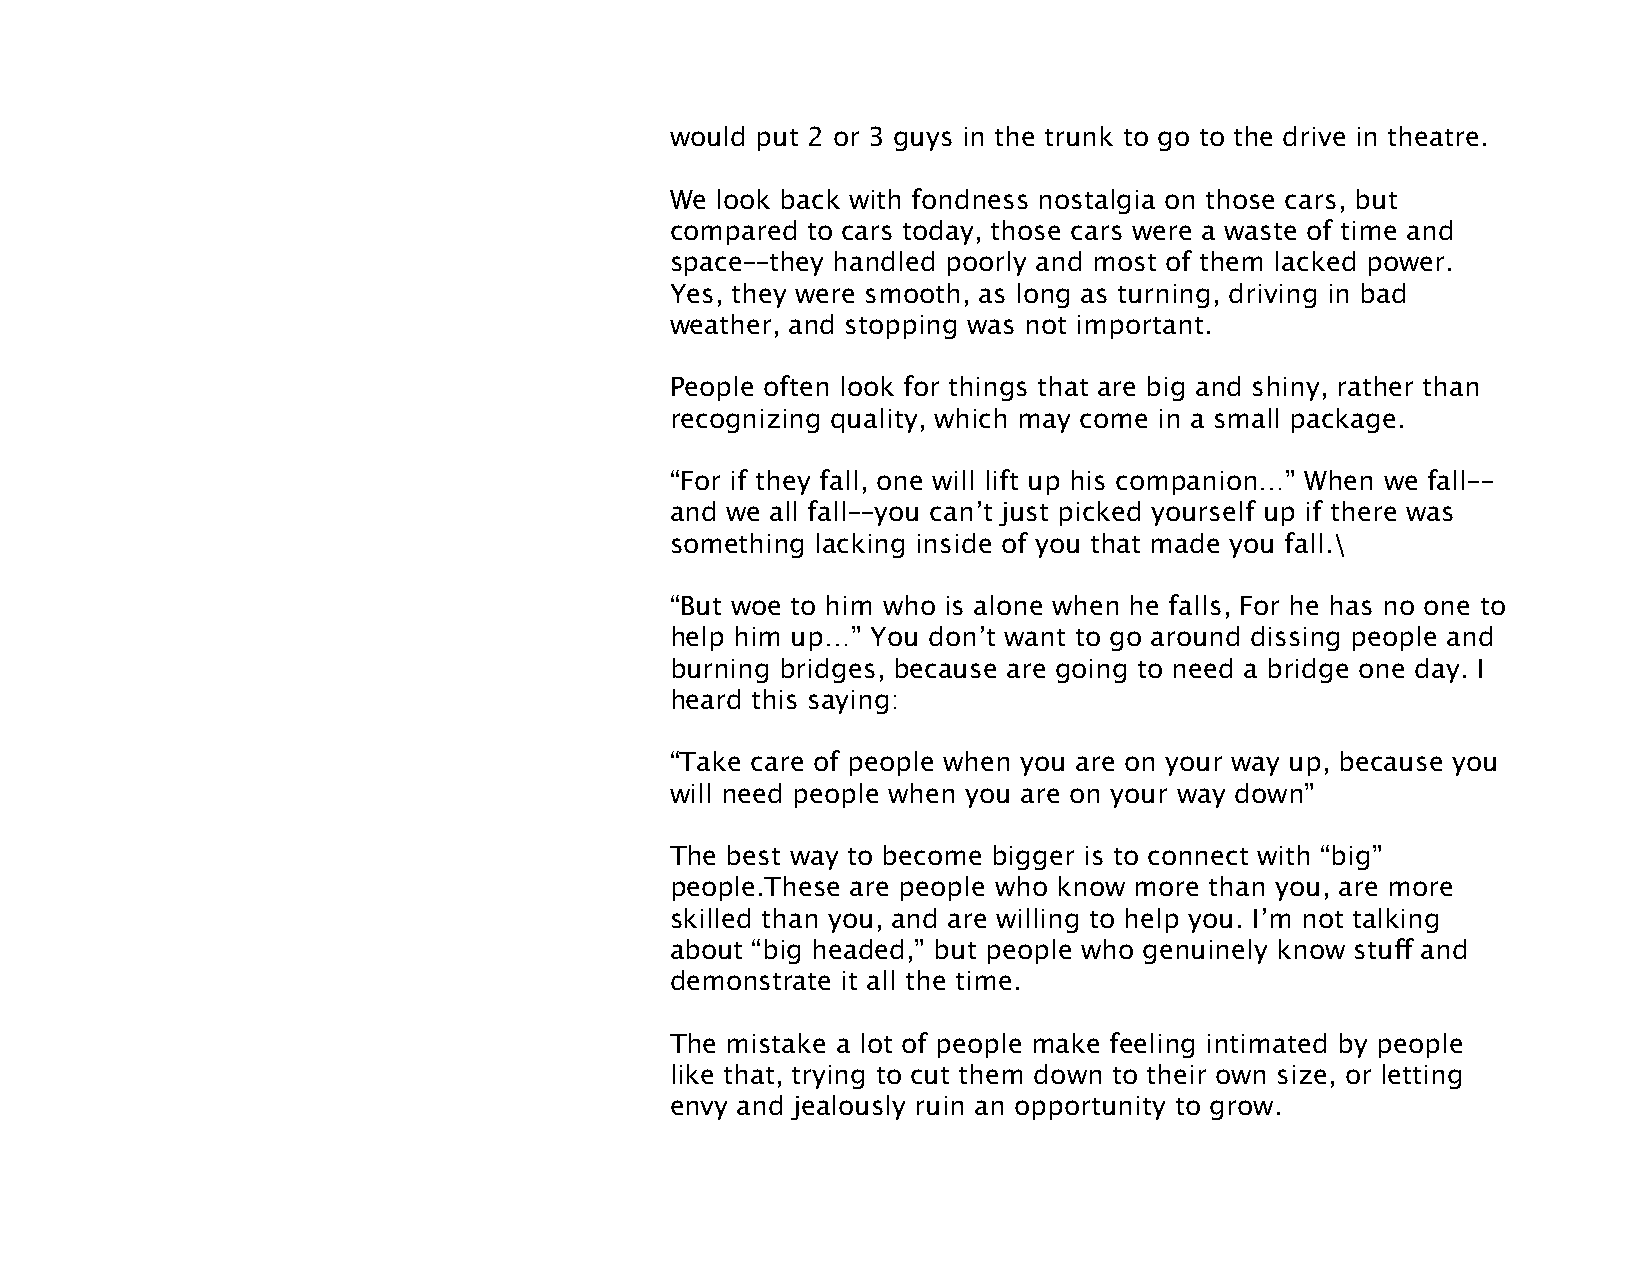
would put 2 or 3 guys in the trunk to go to the drive in theatre.
 We look back with fondness nostalgia on those cars, but
 compared to cars today, those cars were a waste of time and
 space––they handled poorly and most of them lacked power.
 Yes, they were smooth, as long as turning, driving in bad
 weather, and stopping was not important.
 People often look for things that are big and shiny, rather than
 recognizing quality, which may come in a small package.
 “For if they fall, one will lift up his companion…” When we fall––
 and we all fall––you can’t just picked yourself up if there was
 something lacking inside of you that made you fall.\
 “But woe to him who is alone when he falls, For he has no one to
 help him up…” You don’t want to go around dissing people and
 burning bridges, because are going to need a bridge one day. I
 heard this saying:
 “Take care of people when you are on your way up, because you
 will need people when you are on your way down”
 The best way to become bigger is to connect with “big”
 people.These are people who know more than you, are more
 skilled than you, and are willing to help you. I’m not talking
 about “big headed,” but people who genuinely know stuff and
 demonstrate it all the time.
 The mistake a lot of people make feeling intimated by people
 like that, trying to cut them down to their own size, or letting
 envy and jealously ruin an opportunity to grow.